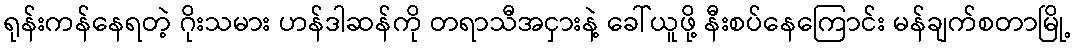
ရုန်းကန်နေရတဲ့ ဂိုးသမား ဟန်ဒါဆန်ကို တရာသီအငှားနဲ့ ခေါ်ယူဖို့ နီးစပ်နေကြောင်း မန်ချက်စတာမြို့